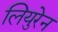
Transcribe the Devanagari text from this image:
लियुरेन